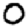
Digit: 0